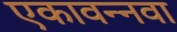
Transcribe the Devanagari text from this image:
एकावन्नवा